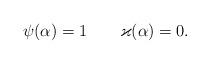
LaTeX: \begin{align*} \psi(\alpha) = 1 \qquad \varkappa(\alpha) = 0.\end{align*}